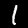
Digit: 1